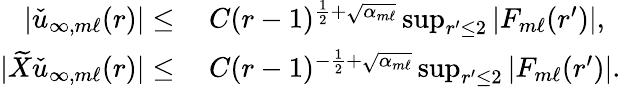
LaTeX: \begin{array}{rl}{|\check{u}_{\infty,m\ell}(r)|\leq}&{\: C(r-1)^{\frac{1}{2}+\sqrt{\alpha_{m\ell}}}\operatorname*{sup}_{r^{\prime}\leq 2}|F_{m\ell}(r^{\prime})|,}\\ {|\widetilde{X}\check{u}_{\infty,m\ell}(r)|\leq}&{\: C(r-1)^{-\frac{1}{2}+\sqrt{\alpha_{m\ell}}}\operatorname*{sup}_{r^{\prime}\leq 2}|F_{m\ell}(r^{\prime})|.}\end{array}